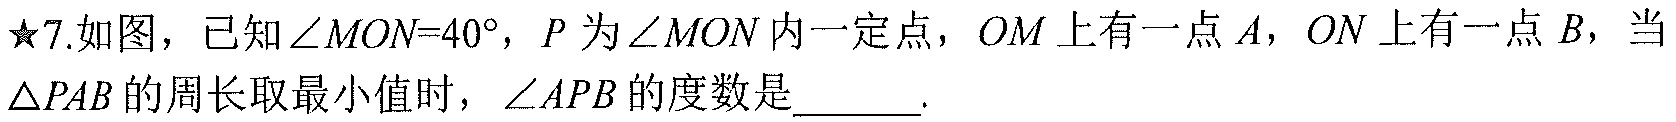
★7.如图，已知\(\angle MON = 40^{\circ}\)，\(P\)为\(\angle MON\)内一定点，\(OM\)上有一点\(A\)，\(ON\)上有一点\(B\)，当\(\triangle PAB\)的周长取最小值时，\(\angle APB\)的度数是  .